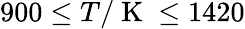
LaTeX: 900\le T/\mathrm{~K~}\le 1420